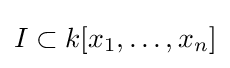
I\subset k[x_{1},\ldots ,x_{n}]